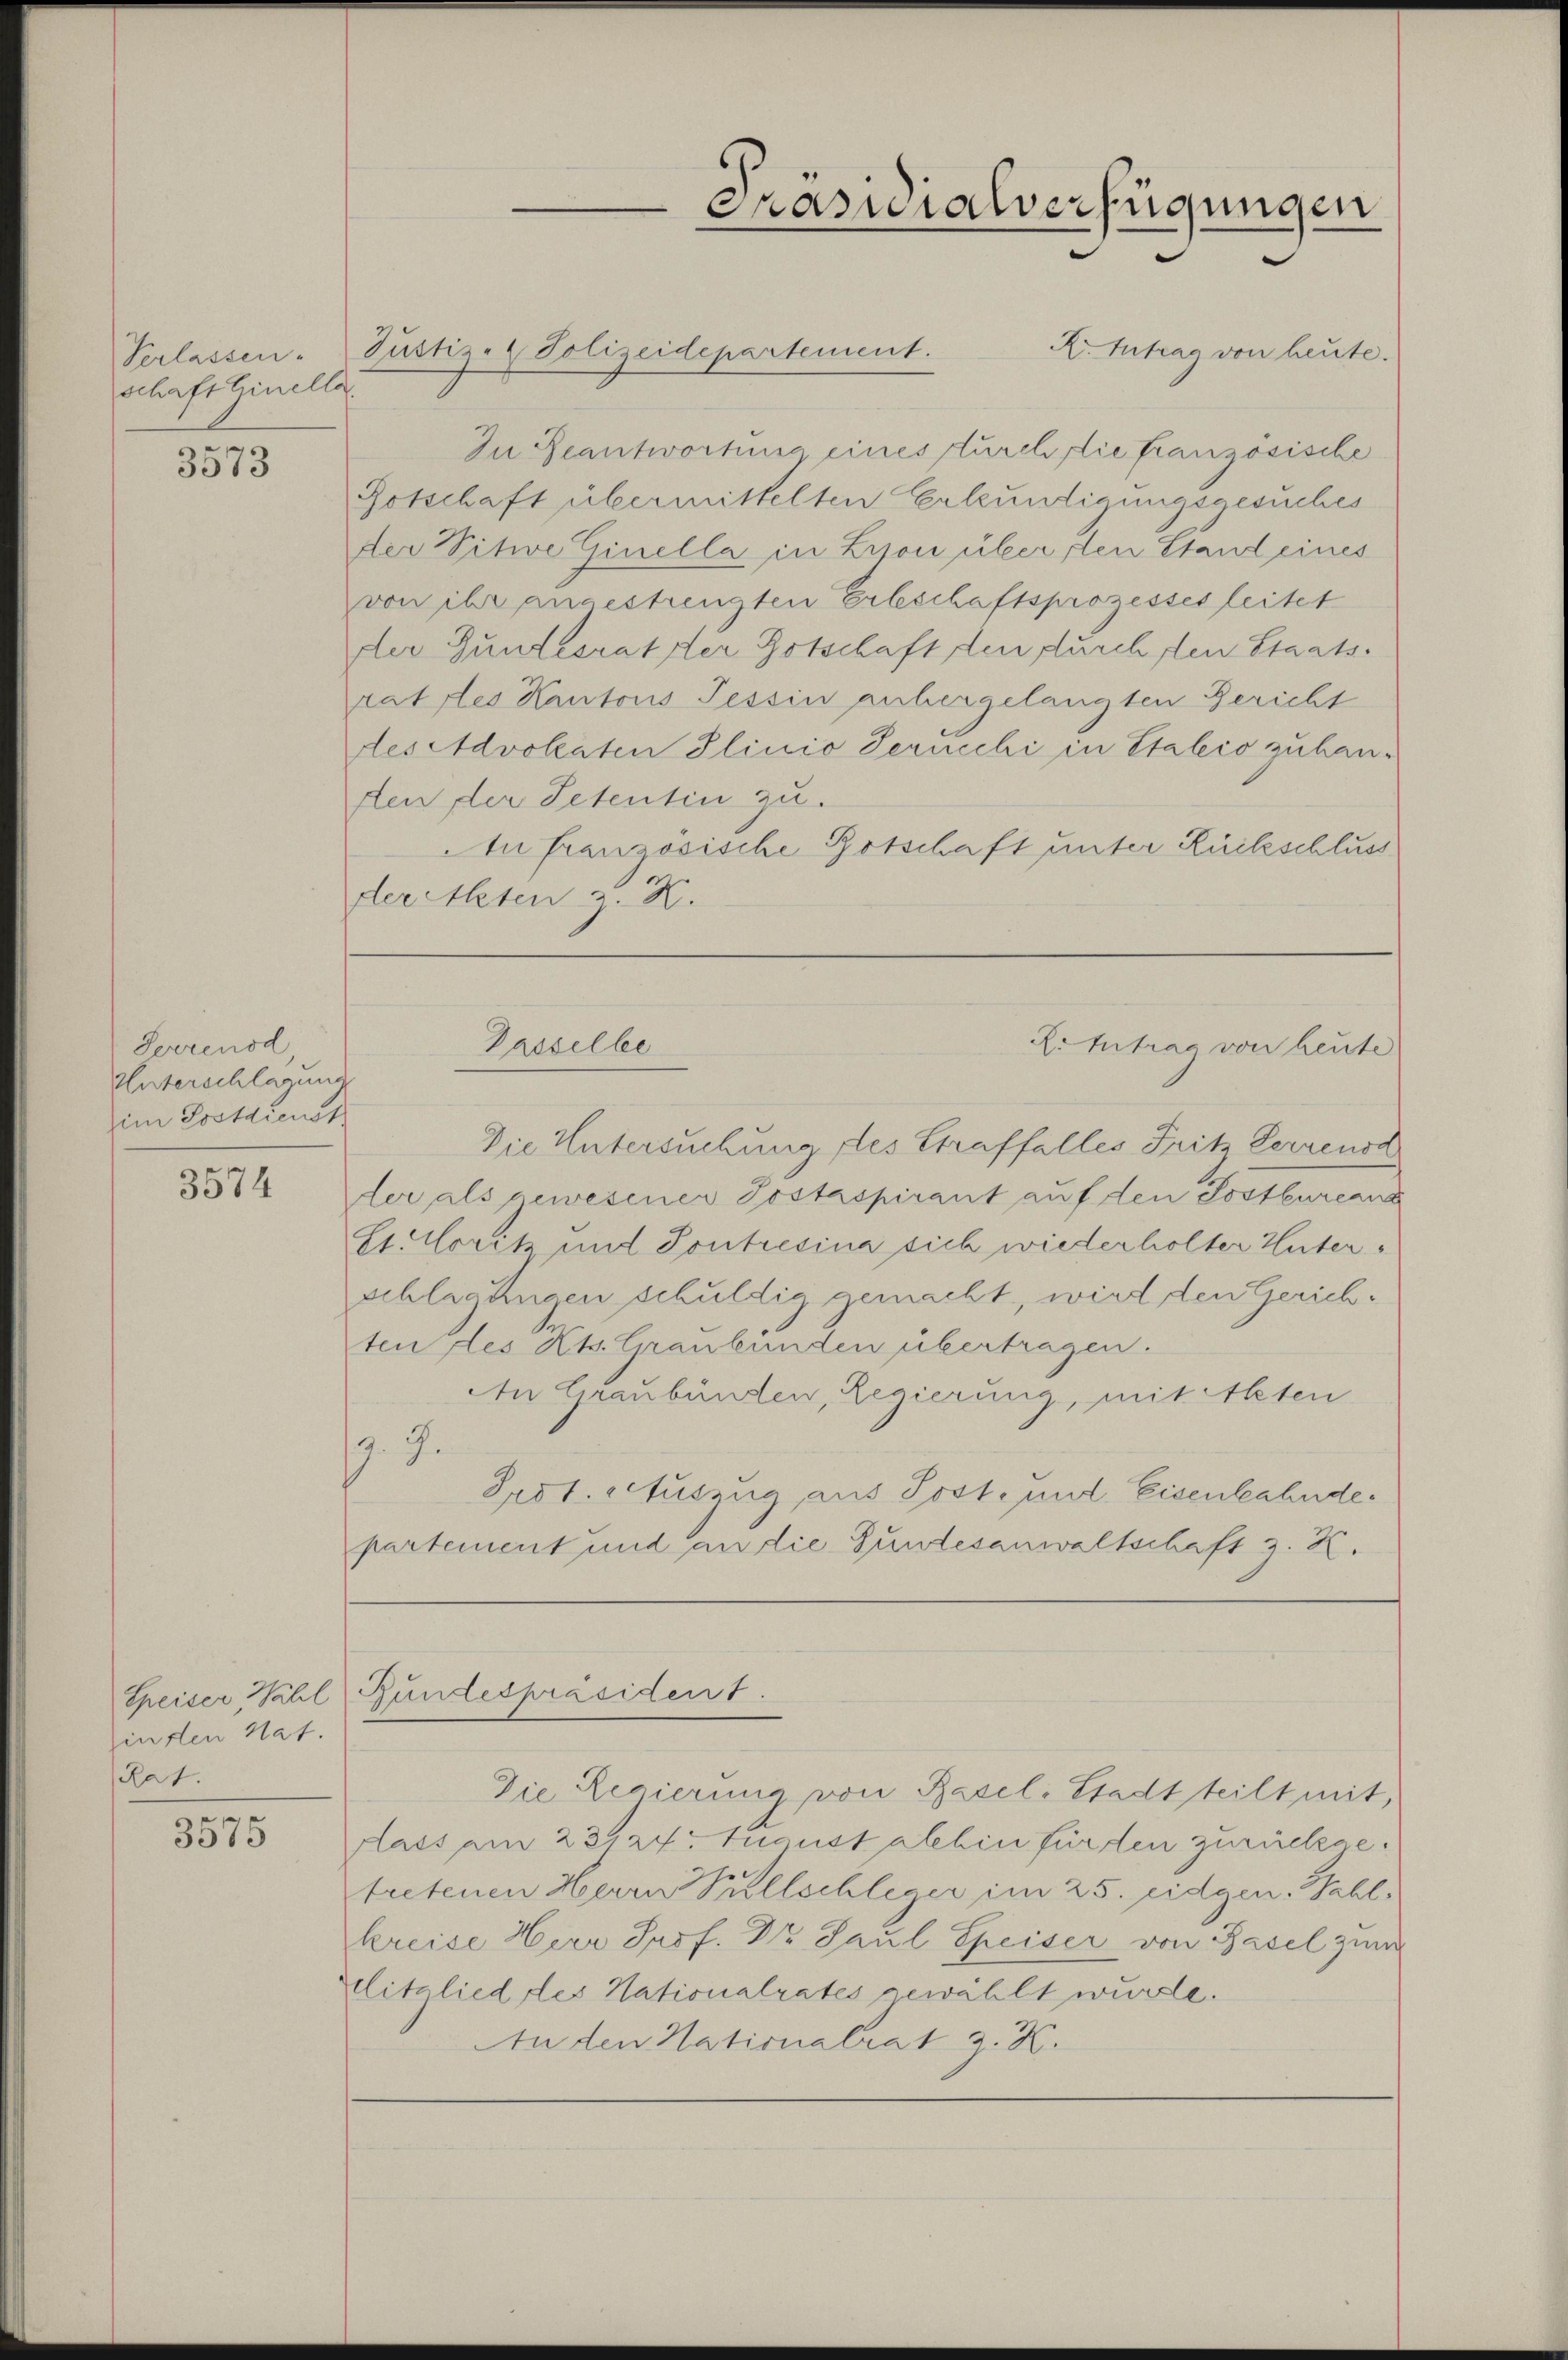
Verlassen.
schaft hinella

3573

Serrensd
Unterschlagung
im Postdienst

3574

Speiser Wahl
insten Nat.
Rat.

3575

Kr. Antrag von heute.
In Beantwortung eines furch die französische
Botschaft übermittelten Erkundigungsgesuches
der Vitwe Ginella in Lison über, den Stand eines
von ihr angestrengten Erbeschaftsprozesses leitet
der Gundesrather Botschaft den durch den Staatsrat des Kantons Tessin anhergelangten Gericht
des Advokaten Plinio Ternecki in Stalio zuhau¬
Aen der Petentin zu.
An Französische Botschaft unter Rückschluss
der Acten z. B.

Justiz- & Polizeidepartement.

Präsidialverfügungen

Die Untersuchung des Straffalles Fritz Perrensd
ler als gewesener Jostaspirant auf den Postbureand
Et. Norik und Pontresina sich wiederholter Unters
schlagungen schuldig gemacht, wird den Gerichten des Kts. Graubünden übertragen.
An Graubünden, Regierung, mit Alten
9. 9.
Irot. Auszug, aus Post- und Eisenbahndepartement und an die Gundesanwaltschaft z. K.

R.Intrag von heute
Dasselbe

Bundespräsident.

Die Regierung von Basel-Stadtteilt mit,
Aass am 23. 27. August Albin fürden zurückgetretenen Herrn Pullschleger im 25. Eidgen. Fahl,
kreise Herr Prof. Dr Paul Speiser von Basel zum
Mitglied des Nationalrates gewählt wurde.
An den Nationalrat z. K.